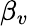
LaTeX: \beta_{v}